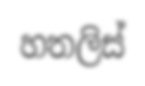
හතලිස්